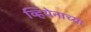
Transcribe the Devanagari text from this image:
व्हियेनाच्या